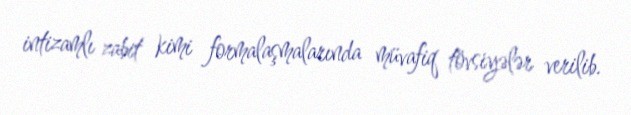
intizamlı zabit kimi formalaşmalarında müvafiq tövsiyələr verilib.